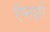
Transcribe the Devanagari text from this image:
ऍप्सद्वारे